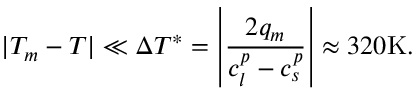
| T _ { m } - T | \ll \Delta T ^ { * } = \left| \frac { 2 q _ { m } } { c _ { l } ^ { p } - c _ { s } ^ { p } } \right| \approx 3 2 0 \mathrm { K } .